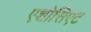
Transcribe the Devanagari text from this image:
एशोसिएट